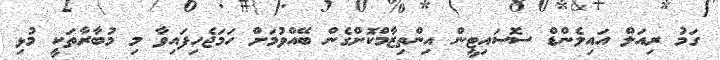
ގަމު ރިއަލް އައިލެންޑް ސޮސައިޓީން އިންތިޒާމްކޮށްގެން ބޭއްވުމަށް ހަމަޖެހިފައިވާ މި މުބާރާތަކީ މުޅި